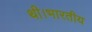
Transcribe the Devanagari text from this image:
थी।भारतीय